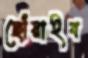
ছোঁয়াইব